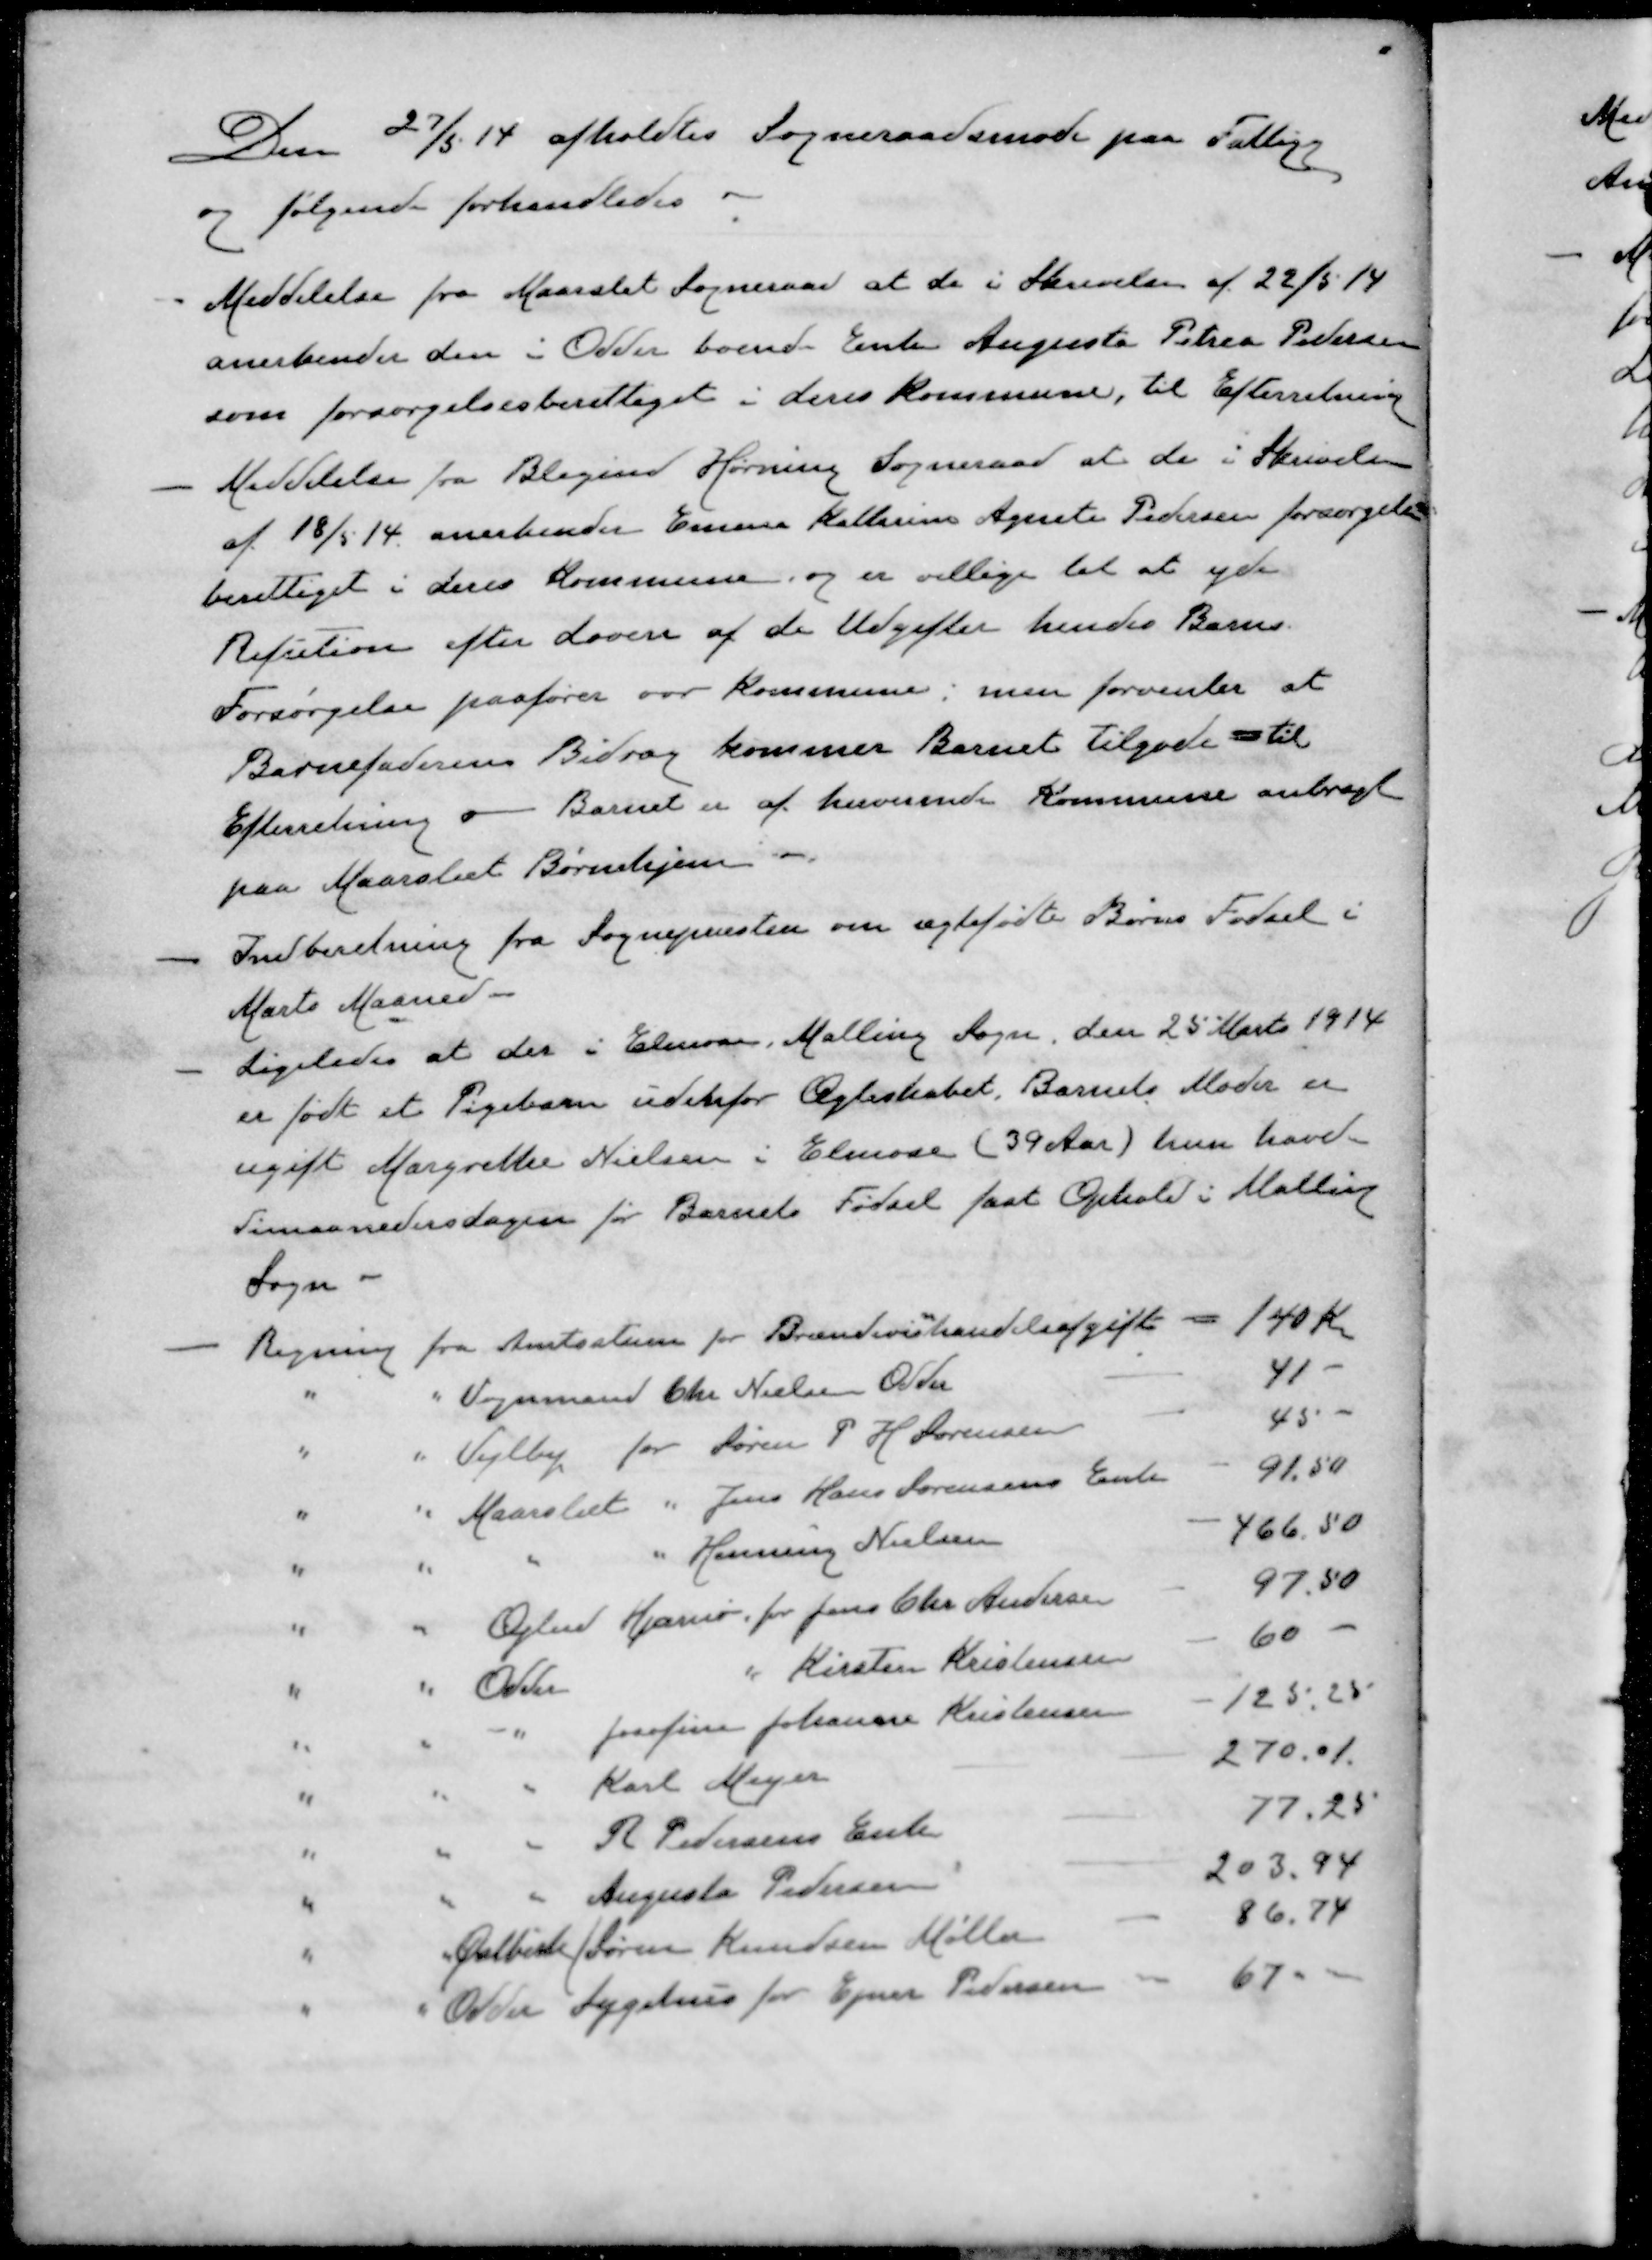
Transskription:
Den 27/5 14 afholdtes Sogneraadsmøde paa Fattigg
og følgende forhandledes.
- Meddelelse fra Maarslet Sogneraad at de i Skrivelse af 22/5 14
anerkender den i Odder boende Enke Augusta Petrea Pedersen
som forsørgelsesberettiget i deres kommune, til Efterretning
- Meddelelse fra Blegind Hørning Sogneraad at de i Skrivelse
af 18/5 14 anerkender Emma Kathrine Agnete Pedersen forsørgelses-
berettiget i deres Kommune, og er villige til at yde
Refution efter Loven af de Udgifter hendes Barns
Forsørgelse paafører vor kommune; men forventer at
Barnefaderens Bidrag kommer Barnet tilgode - til
Efterretning og Barnet er af herværende Kommune anbragt
paa Maarslet Børnehjem
- Indberetning fra Sognepræsten om ægtefødte Børns Fødsel i
Marts Maaned
- Ligeledes at der i Elmose, Malling Sogn den 25 Marts 1914
er født et Pigebarn udenfor Ægteskabet, Barnets Moder er
ugift Margrethe Nielsen i Elmose (39 Aar) hun havde
Timaanedersdagen for Barnets Fødsel fast Ophold i Malling
Sogn
Regning fra Amtsstuen for Brændevishandelsafgift - 140 Kr.
" " Vognmand Chr Nielsen Odder - 41-
" " Vejlby for Søren P H Sørensen - 45 -
" " Maarslæt " Jens Hans Sørensens Enke - 91.50
" " " " Henning Nielsen - 466.50
" " Glud Hjarnø for Jens Chr. Andersen - 97.50
" " Odder " Kirsten Kristensen - 60 -
" " " Josefine Johanne Kristensen - 125,25
" " " Karl Meyer - 270,01
" " " R Pedersens Enke - 77,25
" " " Augusta Pedersen - 203,94
" " Østbirk / Søren Knudsen Møller - 86,74
" " Odder Sygehus for Ejner Pedersen - 67 "